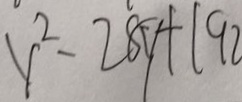
y ^ { 2 } - 2 8 y + 1 9 2